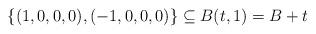
LaTeX: \begin{align*}\{(1,0,0,0),(-1,0,0,0)\} \subseteq B(t,1)= B+t\end{align*}